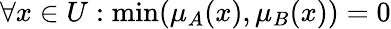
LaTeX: \forall x\in{U}:\operatorname*{min}(\mu_{A}(x),\mu_{B}(x))=0